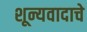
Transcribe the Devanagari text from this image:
शून्यवादाचे